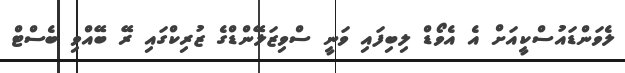
ލެވަންޑައުސްކީއަށް އެ އެވޯޑް ލިބިފައި ވަނީ ސްވިޒަލޭންޑްގެ ޒުރިކްގައި ރޭ ބޭއްވި ބެސްޓް